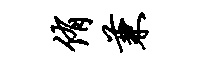
侑兼